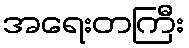
အရေးတကြီး